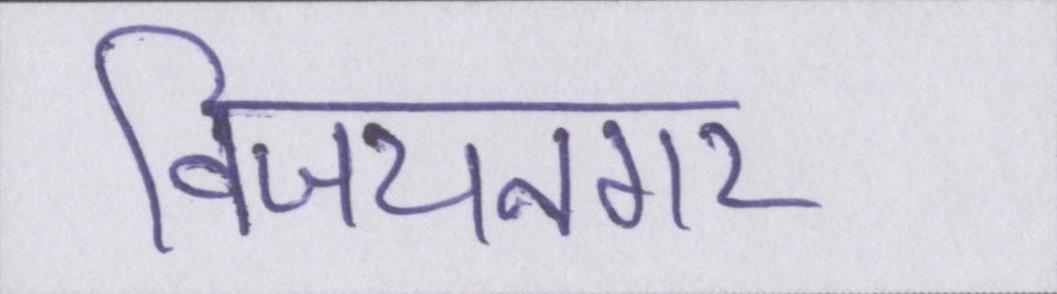
विजयनगर